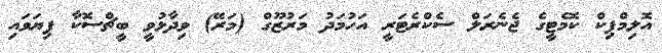
އޮލިމްޕިކް ކޮމެޓީގެ ޖެނެރަލް ސެކްރެޓަރީ އަހުމަދު މަރުޒޫގް (މަރޭ) ވިދާޅުވީ ބީޗްސޮކާ ފިޔަވައި